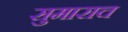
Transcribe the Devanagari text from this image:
सुमाराच